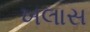
ખલાસ